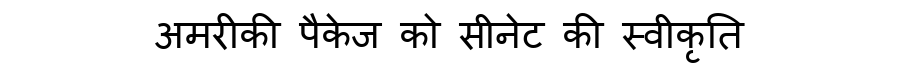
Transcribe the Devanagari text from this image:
अमरीकी पैकेज को सीनेट की स्वीकृति